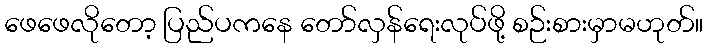
ဖေဖေလိုတော့ ပြည်ပကနေ တော်လှန်ရေးလုပ်ဖို့ စဉ်းစားမှာမဟုတ်။